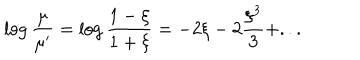
LaTeX: \log { \frac { \mu } { \mu ^ { \prime } } } = \log { \frac { 1 - \xi } { 1 + \xi } } = - 2 \xi - 2 { \frac { \xi ^ { 3 } } { 3 } } + . . .